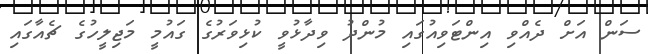
ސަން އަށް ދެއްވި އިންޓަވިއުގައި މުންދު ވިދާޅުވީ ކުޅިވަރުގެ ގައުމީ މަޖިލީހުގެ ޗެއާގައި